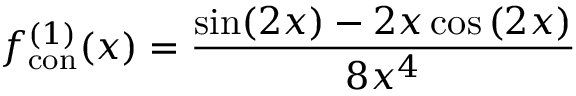
f _ { \mathrm { c o n } } ^ { ( 1 ) } ( x ) = \frac { \sin ( 2 x ) - 2 x \cos \left( 2 x \right) } { 8 x ^ { 4 } }